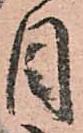
目